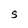
Character: S